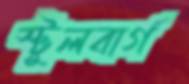
স্টুলবার্গ